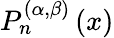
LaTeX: P_{n}^{(\alpha,\beta)}\left(x\right)